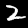
Label: 2